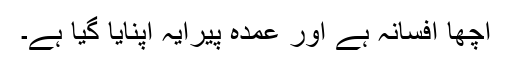
اچھا افسانہ ہے اور عمدہ پیرایہ اپنایا گیا ہے۔